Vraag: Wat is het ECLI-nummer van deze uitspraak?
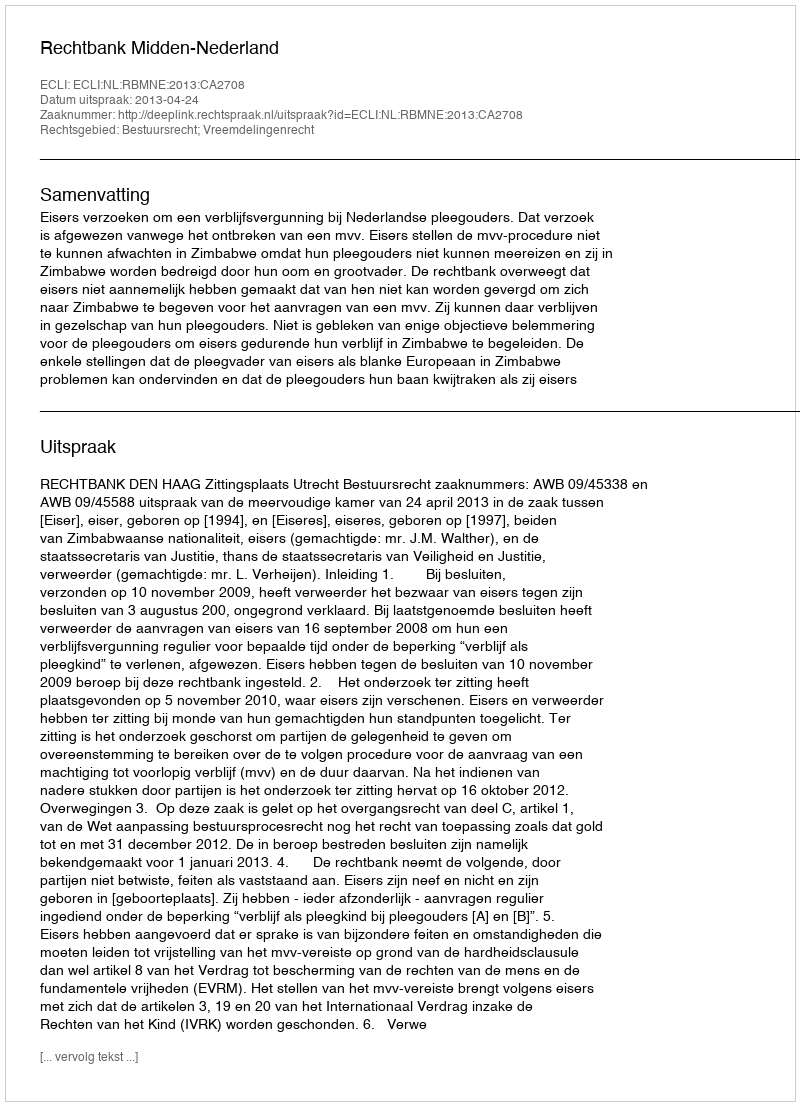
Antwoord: ECLI:NL:RBMNE:2013:CA2708